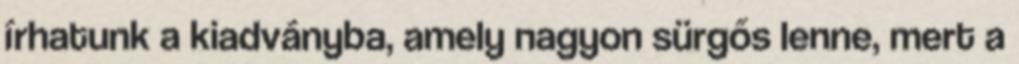
írhatunk a kiadványba, amely nagyon sürgős lenne, mert a